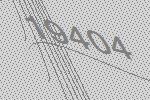
19404